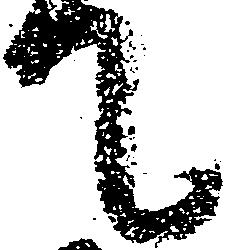
て